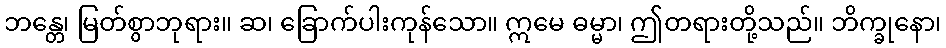
ဘန္တေ၊ မြတ်စွာဘုရား။ ဆ၊ ခြောက်ပါးကုန်သော။ ဣမေ ဓမ္မာ၊ ဤတရားတို့သည်။ ဘိက္ခုနော၊